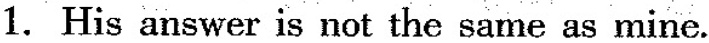
1.His answer is not the same as mine.